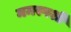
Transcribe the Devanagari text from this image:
ममस्पर्शी